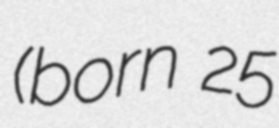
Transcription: (born 25